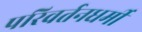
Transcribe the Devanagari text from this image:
परिवर्तनधर्मी